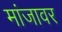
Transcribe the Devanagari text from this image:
मांजावर